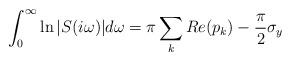
LaTeX: \begin{align*}\int_0^\infty \ln|S(i\omega)|d\omega = \pi\sum_k Re(p_k)-\frac{\pi}{2}\sigma_y\end{align*}